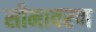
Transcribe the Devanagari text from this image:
सीमावरण